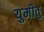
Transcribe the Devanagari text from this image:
युमीतु